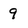
Character: 9